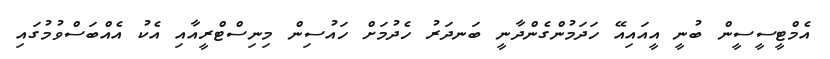
އެމްޓީސީސީން ބުނީ އީއައިއޭ ހަދަމުންގެންދާނީ ބަނދަރު ހެދުމަށް ހައުސިން މިނިސްޓްރީއާއި އެކު އެއްބަސްވުމުގައި